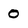
Character: 0